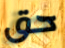
حق